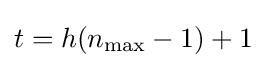
t=h(n_{\max }-1)+1